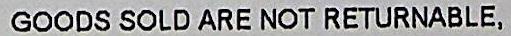
GOODS SOLD ARE NOT RETURNABLE.